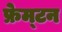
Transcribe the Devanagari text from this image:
फ्रेम्टन